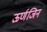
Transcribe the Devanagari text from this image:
ऊर्णजिन